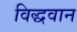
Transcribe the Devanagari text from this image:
विद्धवान